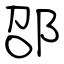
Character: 邵